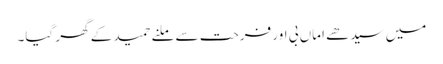
میں سیدھے اماں بی اور فرحت سے ملنے حمید کے گھر گیا۔